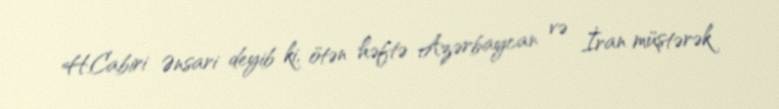
H.Cabiri Ənsari deyib ki, ötən həftə Azərbaycan və İran müştərək